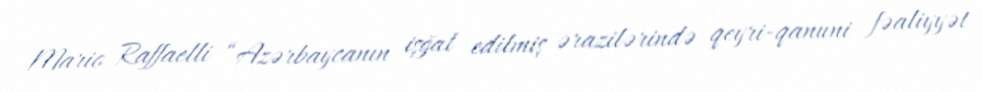
Mario Raffaelli “Azərbaycanın işğal edilmiş ərazilərində qeyri-qanuni fəaliyyət